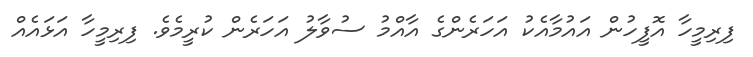
ފިރިމީހާ އޮފީހުން އައުމާއެކު އަހަރެންގެ އާއްމު ސުވާލު އަހަރެން ކުރީމެވެ. ފިރިމީހާ އަޅައެއް